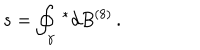
LaTeX: s = \oint _ { \gamma } \, ^ { * } d B ^ { ( 8 ) } \, .